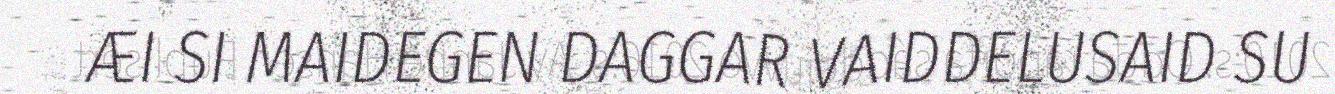
ÆI SI MAIDEGEN DAGGAR VAIDDELUSAID SU